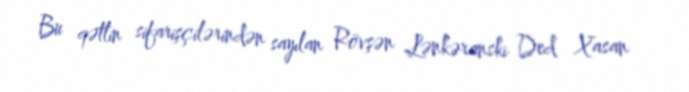
Bu qətlin sifarişçilərindən sayılan Rövşən Lənkəranski Ded Xasan